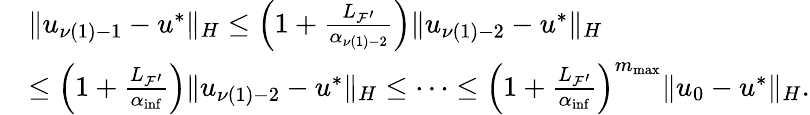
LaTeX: \begin{array}{rl}&{\| u_{\nu(1)-1}-u^{*}\| _{H}\leq\left(1+\frac{{L_{{\mathcal{F}}^{\prime}}}}{{\alpha}_{\nu(1)-2}}\right)\| u_{\nu(1)-2}-u^{*}\| _{H}}\\ &{\leq\left(1+\frac{{L_{{\mathcal{F}}^{\prime}}}}{{\alpha}_{\operatorname*{inf}}}\right)\| u_{\nu(1)-2}-u^{*}\| _{H}\leq\cdots\leq\left(1+\frac{{L_{{\mathcal{F}}^{\prime}}}}{{\alpha}_{\operatorname*{inf}}}\right)^{{m_{\mathrm{max}}}}\| u_{0}-u^{*}\| _{H}.}\end{array}